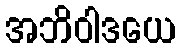
အဘိဝါဒယေ